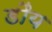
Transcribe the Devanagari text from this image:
डौय